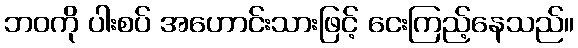
ဘဝကို ပါးစပ် အဟောင်းသားဖြင့် ငေးကြည့်နေသည်။